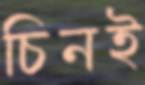
চিনই